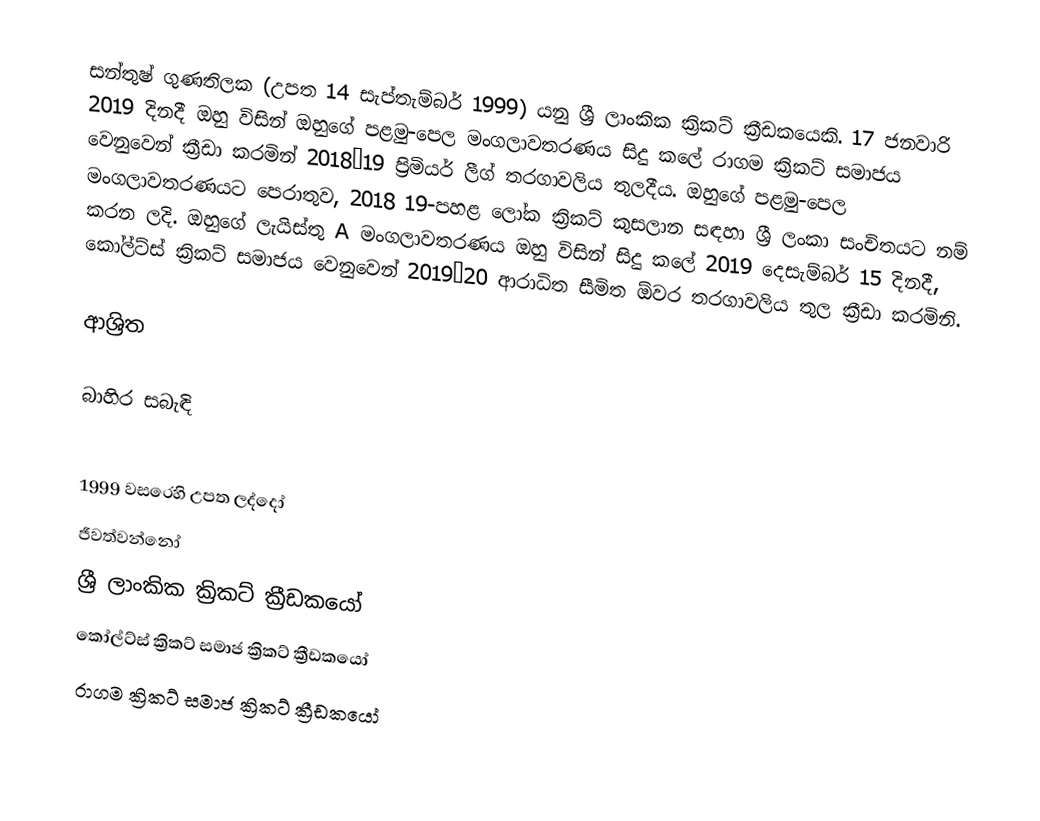
සන්තුෂ් ගුණතිලක (උපත 14 සැප්තැම්බර්  1999) යනු ශ්‍රී ලාංකික ක්‍රිකට් ක්‍රීඩකයෙකි. 17 ජනවාරි 2019 දිනදී ඔහු විසින් ඔහුගේ පළමු-පෙල මංගලාවතරණය සිදු කලේ රාගම ක්‍රිකට් සමාජය වෙනුවෙන් ක්‍රීඩා කරමින්  2018–19 ප්‍රිමියර් ලීග් තරගාවලිය තුලදීය. ඔහුගේ පළමු-පෙල මංගලාවතරණයට පෙරාතුව, 2018 19-පහළ ලෝක ක්‍රිකට් කුසලාන සඳහා ශ්‍රී ලංකා සංචිතයට නම් කරන ලදි. ඔහුගේ  ලැයිස්තු A මංගලාවතරණය ඔහු විසින් සිදු කලේ  2019 දෙසැම්බර් 15 දිනදී, කෝල්ට්ස් ක්‍රිකට් සමාජය වෙනුවෙන්  2019–20 ආරාධිත සීමිත ඕවර තරගාවලිය තුල ක්‍රීඩා කරමිනි.

ආශ්‍රිත

බාහිර සබැඳි

1999 වසරෙහි උපත ලද්දෝ
ජීවත්වන්නෝ
ශ්‍රී ලාංකික ක්‍රිකට් ක්‍රීඩකයෝ
කෝල්ට්ස් ක්‍රිකට් සමාජ ක්‍රිකට් ක්‍රීඩකයෝ
රාගම ක්‍රිකට් සමාජ ක්‍රිකට් ක්‍රීඩකයෝ